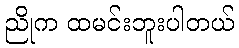
ညိုက ထမင်းဘူးပါတယ်